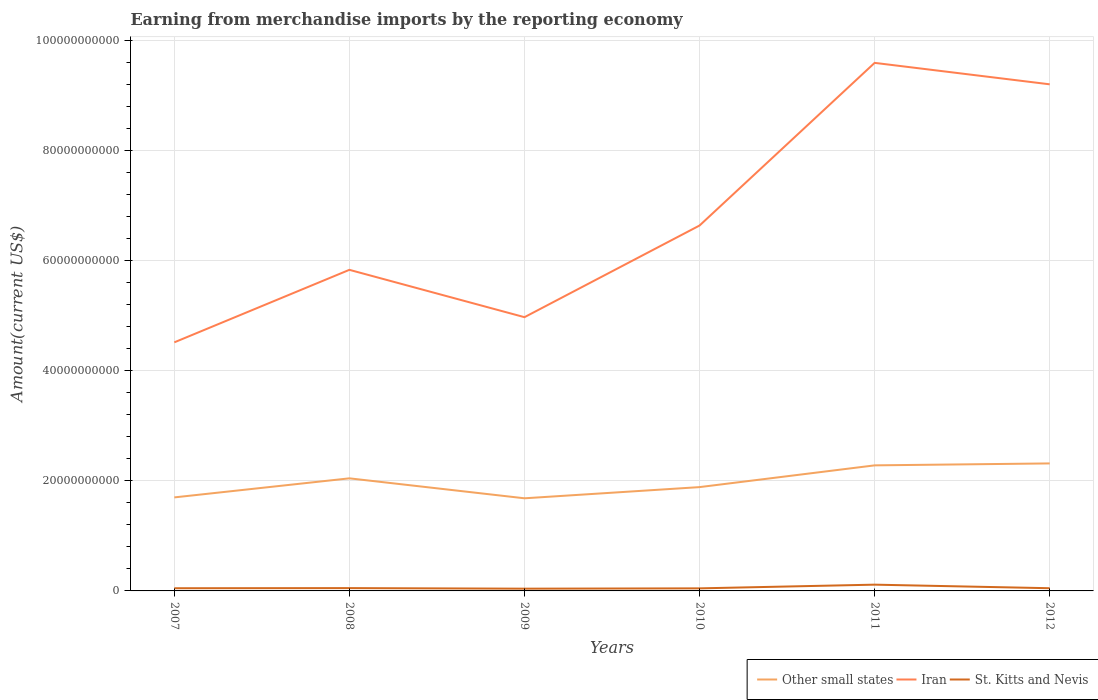
| Years | Other small states | Iran | St. Kitts and Nevis |
 | --- | --- | --- | --- |
 | 2007 | 1.7e+10 | 4.52e+10 | 4.88e+08 |
 | 2008 | 2.05e+10 | 5.83e+10 | 5.12e+08 |
 | 2009 | 1.68e+10 | 4.97e+10 | 4.09e+08 |
 | 2010 | 1.89e+10 | 6.64e+10 | 4.66e+08 |
 | 2011 | 2.28e+10 | 9.59e+10 | 1.14e+09 |
 | 2012 | 2.32e+10 | 9.21e+10 | 4.9e+08 |